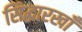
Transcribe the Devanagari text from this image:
सिद्धारखॉँ